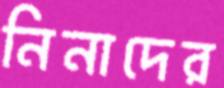
নিনাদের